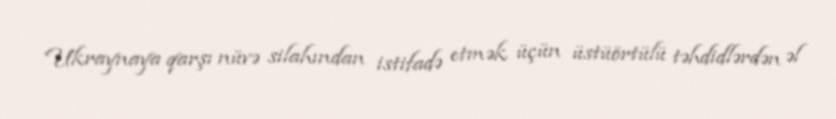
Ukraynaya qarşı nüvə silahından istifadə etmək üçün üstüörtülü təhdidlərdən əl